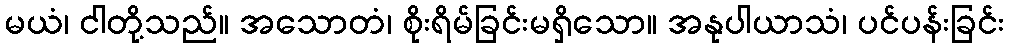
မယံ၊ ငါတို့သည်။ အသောတံ၊ စိုးရိမ်ခြင်းမရှိသော။ အနုပါယာသံ၊ ပင်ပန်းခြင်း